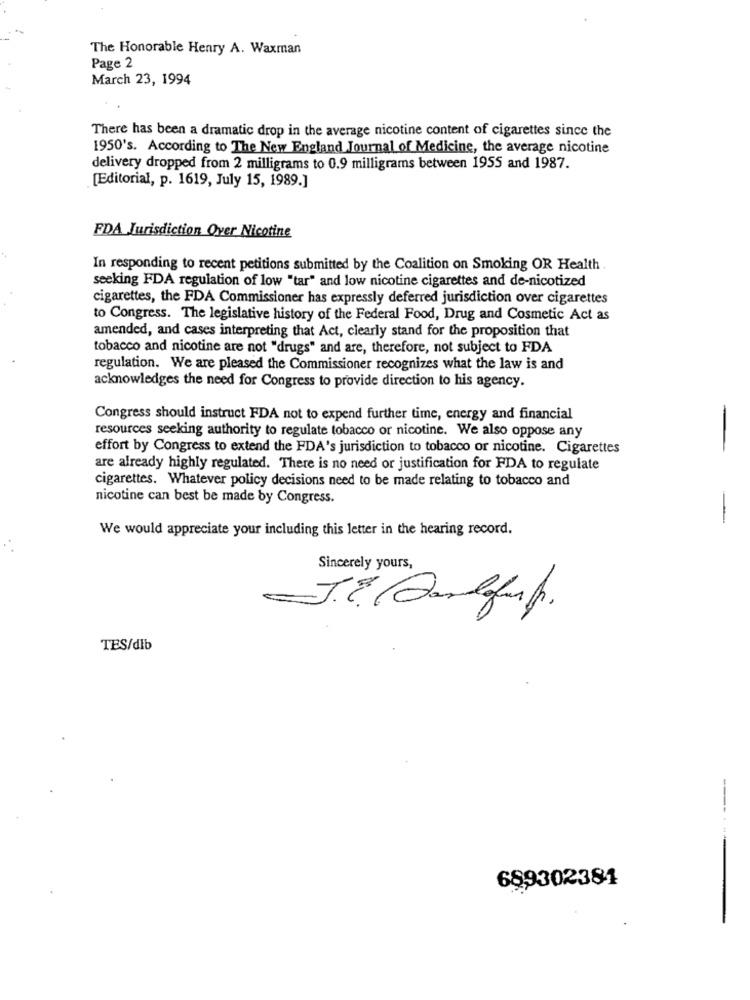
The Honorable Henry A. Waxman
Page 2
March 23, 1994
There has been a dramatic drop in the average nicotine content of cigarettes since the
1950's. According to The New England Journal of Medicine, the average nicotine
delivery dropped from 2 milligrams to 0.9 milligrams between 1955 and 1987.
[Editorial, p. 1619, July 15, 1989.]
FDA Jurisdiction Over Nicotine
In responding to recent petitions submitted by the Coalition on Smoking OR Health .
seeking FDA regulation of low "tar" and low nicotine cigarettes and de-nicotized
cigarettes, the FDA Commissioner has expressly deferred jurisdiction over cigarettes
to Congress. The legislative history of the Federal Food, Drug and Cosmetic Act as
amended, and cases interpreting that Act, clearly stand for the proposition that
tobacco and nicotine are not "drugs" and are, therefore, not subject to FDA
regulation. We are pleased the Commissioner recognizes what the law is and
acknowledges the need for Congress to provide direction to his agency.
Congress should instruct FDA not to expend further time, energy and financial
resources seeking authority to regulate tobacco or nicotine. We also oppose any
effort by Congress to extend the FDA's jurisdiction to tobacco or nicotine. Cigarettes
are already highly regulated. There is no need or justification for FDA to regulate
cigarettes. Whatever policy decisions need to be made relating to tobacco and
nicotine can best be made by Congress.
-
We would appreciate your including this letter in the hearing record.
Sincerely yours,
TES/dib
------
689302381